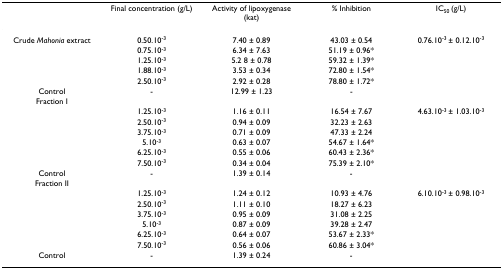
|  | Final concentration (g/L) | Activity of lipoxygenase (kat) | % Inhibition | IC50 (g/L) |
 | --- | --- | --- | --- | --- |
 | Crude Mahonia extract | 0.50.10-3 | 7.40 ± 0.89 | 43.03 ± 0.54 | 0.76.10-3 ± 0.12.10-3 |
 |  | 0.75.10-3 | 6.34 ± 7.63 | 51.19 ± 0.96* |  |
 |  | 1.25.10-3 | 5.2 8 ± 0.78 | 59.32 ± 1.39* |  |
 |  | 1.88.10-3 | 3.53 ± 0.34 | 72.80 ± 1.54* |  |
 |  | 2.50.10-3 | 2.92 ± 0.28 | 78.80 ± 1.72* |  |
 | Control | - | 12.99 ± 1.23 | - |  |
 | Fraction I |  |  |  |  |
 |  | 1.25.10-3 | 1.16 ± 0.11 | 16.54 ± 7.67 | 4.63.10-3 ± 1.03.10-3 |
 |  | 2.50.10-3 | 0.94 ± 0.09 | 32.23 ± 2.63 |  |
 |  | 3.75.10-3 | 0.71 ± 0.09 | 47.33 ± 2.24 |  |
 |  | 5.10-3 | 0.63 ± 0.07 | 54.67 ± 1.64* |  |
 |  | 6.25.10-3 | 0.55 ± 0.06 | 60.43 ± 2.36* |  |
 |  | 7.50.10-3 | 0.34 ± 0.04 | 75.39 ± 2.10* |  |
 | Control | - | 1.39 ± 0.14 | - |  |
 | Fraction II |  |  |  |  |
 |  | 1.25.10-3 | 1.24 ± 0.12 | 10.93 ± 4.76 | 6.10.10-3 ± 0.98.10-3 |
 |  | 2.50.10-3 | 1.11 ± 0.10 | 18.27 ± 6.23 |  |
 |  | 3.75.10-3 | 0.95 ± 0.09 | 31.08 ± 2.25 |  |
 |  | 5.10-3 | 0.87 ± 0.09 | 39.28 ± 2.47 |  |
 |  | 6.25.10-3 | 0.64 ± 0.07 | 53.67 ± 2.33* |  |
 |  | 7.50.10-3 | 0.56 ± 0.06 | 60.86 ± 3.04* |  |
 | Control | - | 1.39 ± 0.24 | - |  |